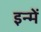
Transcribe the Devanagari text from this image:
इन्‍में